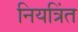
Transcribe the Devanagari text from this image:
नियत्रिंत